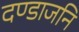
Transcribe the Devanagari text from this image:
दण्डाजनि